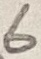
Text: 6